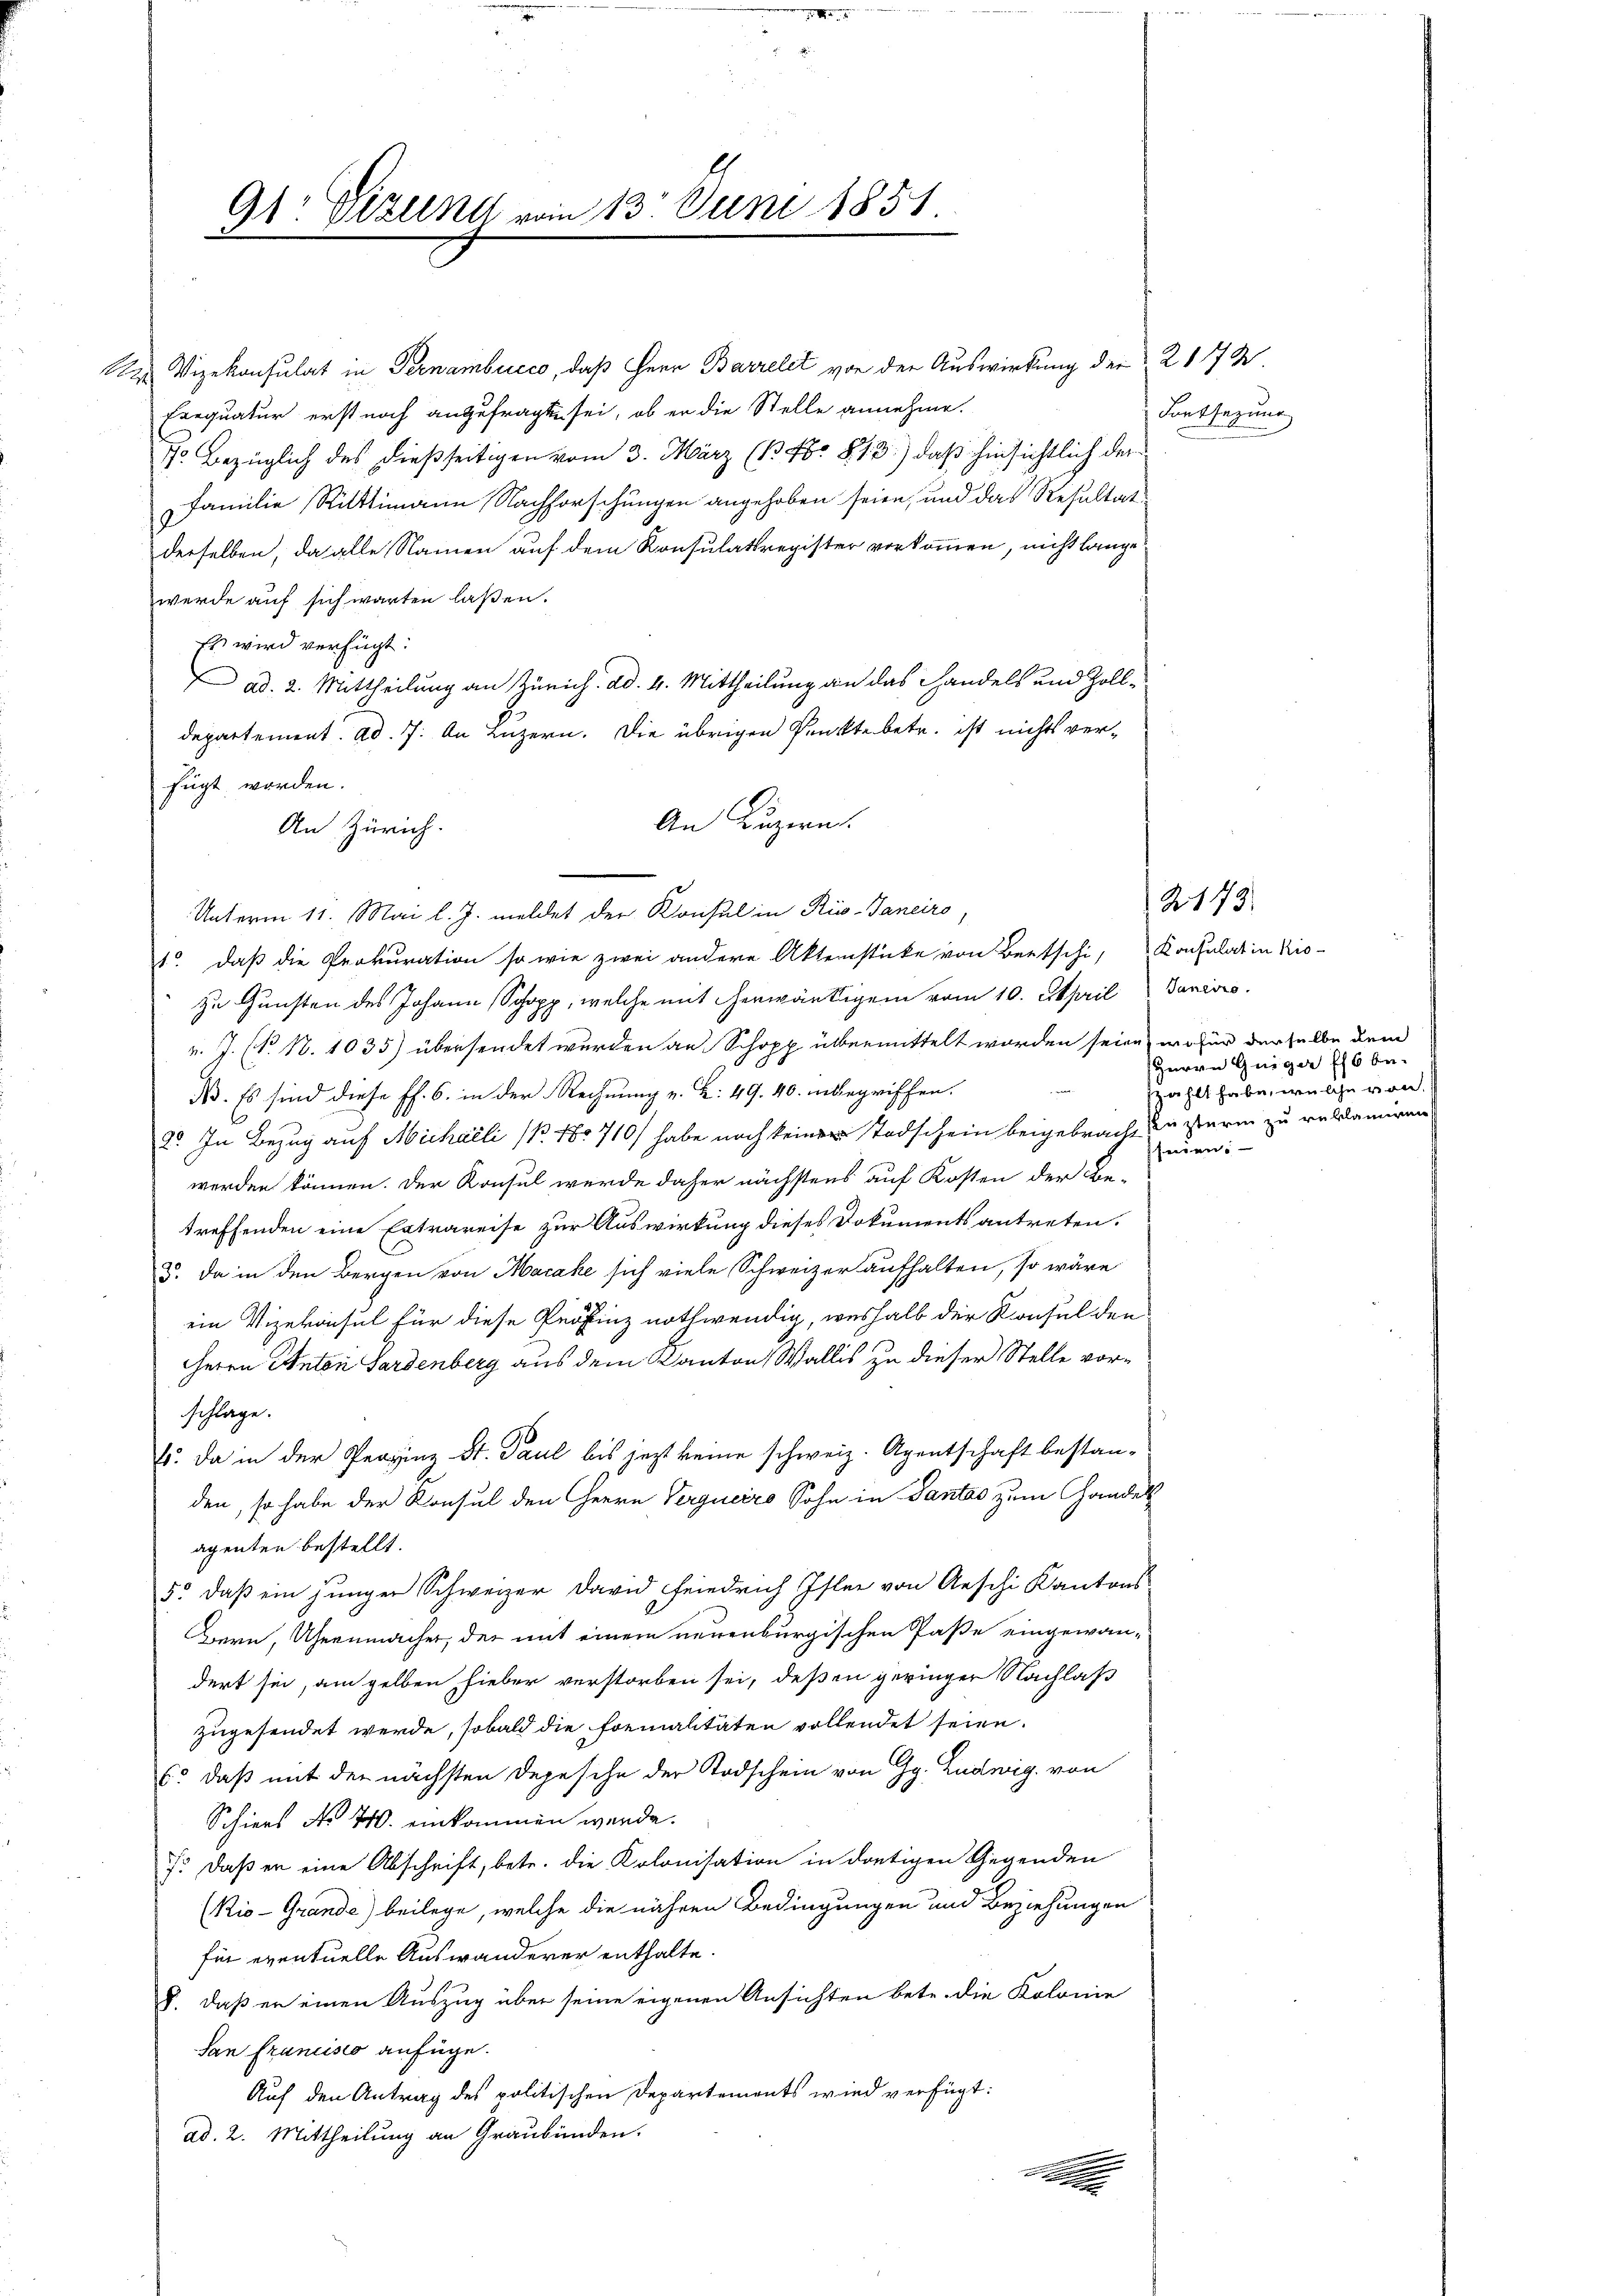
R

91 Vizung

113. Juni 1851.

Vizekonsulat in Ternambucco, daß Herr Barrelet von der Auswirkung der 21772.
Exequatur erst noch anzufragte sei, ob er die Stelle annehme.
7. Bezüglich des dießseitigen vom 3. März (B Xbr §. 13.) daß hinsichtlich der
Familie Rüttimann Nachforschungen angehoben seien, und das Resultat
derselben, da alle Namen auf dem Konsulatsregister vorkommen, nicht lange
werde auf sich warten laßen.
Es wird verfügt:
ad. 2. Mittheilung an Zürich. ad. 4. Mittheilung an das Handels und Zolldepartement. ad. 7. An Luzern. Die übrigen Punkte betr. ist nichts verfügt worden.
An Luzern.
An Zürich.
Unterm 11. Mai l. J. meldet der Konsul in Riv-Janeiro,
1. daß die Prokuration so wie zwei andere Aktenstücke von Bertschi, Konsulat in Kio-
zu Gunsten des Johann Schopp, welche mit erwärtigem vom 10. April Janisis
v. J. (N. 18. 1035) übersendet wurden an Schopp übermittelt worden seien, wofür derselbe dem
B. Es sind diese Pf. 6. in der Rechnung v. L. 49. 40. inbegriffen.
2. In Bezug auf Michaeli (B 180710/ habe noch ein Todschein beigebracht in sterin zu reklamiren
werden können. Der Konsul werde daher nächstens auf Kosten der Be-
treffenden eine Extrareise zur Auswirkung dieses Dokuments antreten.
5. da in den Bergen von Macahe sich viele Schweizer aufhalten, so wäre
ein Vizekonsul für diese Profinz nothwendig, weshalb der Konsul den
Herrn Anton Gardenberg aus dem Kanton Wallis zu dieser Stelle vorschlage.
E. Da in der Provinz St. Paul bis jezt keine schweiz. Agentschaft bestanden, so habe der Konsul den herrn Vergneiro Sohn in Gantas zum Handels
agenten bestellt.
5: daß ein junger Schweizer David Friedrich Isler von Aeschi Kantons
Bern, Uhrenmacher, der mit einem neuenburgischen Paße eingewan-
dert sie, am gelben hieber verstorben sei, deßen geringer Nachlaß
zugesendet werde, sobald die Formalitäten vollendet seien.
C: daß mit der nächsten Depesche der Todschein von Gg. Ludwig von
Schiers No 770. einkommen werde.
: daß er eine Abschrift, betr. die Kolonisation in dortigen Gegenden
(Kio-Grande) beilege, welche die nähren Bedingungen und Beziehungen
für eventuelle Auswanderer enthalte.
8. daß er einen Auszug über seine eigenen Ansichten betr. die Kolonie
San Francisco anfüge.
Auf den Antrag des politischen Departements wird verfügt:
ad. 2. Mittheilung an Graubünden.

Fortsezung

HHerrn Guiger (16 be-
zählt habe, welche von

2143.

scheiden.